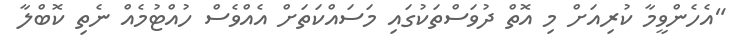
"އެހެންވީމާ ކުރިއަށް މި އޮތް ދުވަސްތަކުގައި މަސައްކަތަށް އެއްވެސް ހުއްޓުމެއް ނެތި ކޮބްލާ